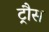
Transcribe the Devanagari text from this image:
ट्रौस